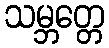
သမ္ဘတ္တေ